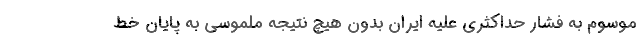
موسوم به فشار حداکثری علیه ایران بدون هیچ نتیجه ملموسی به پایان خط